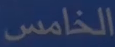
الخامس